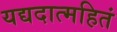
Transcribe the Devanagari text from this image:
यद्यदात्महितं